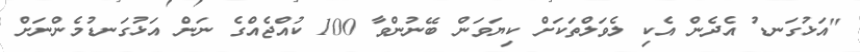
"އަޅުގަނޑު އެދެން އެކި ލެވަލްތަކަށް ކިޔަވަން ބޭނުންވާ 100 ކުއްޖެއްގެ ނަން އަޅުގަނޑުމެންނަށް